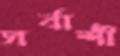
সর্বাশী